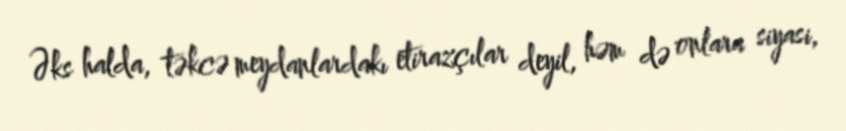
Əks halda, təkcə meydanlardakı etirazçılar deyil, həm də onlara siyasi,